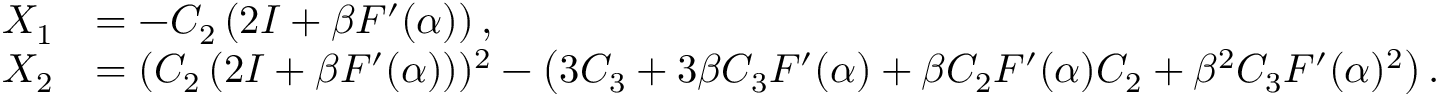
\begin{array} { r l } { X _ { 1 } } & { = - C _ { 2 } \left( 2 I + \beta F ^ { \prime } ( \alpha ) \right) , } \\ { X _ { 2 } } & { = ( C _ { 2 } \left( 2 I + \beta F ^ { \prime } ( \alpha ) \right) ) ^ { 2 } - \left( 3 C _ { 3 } + 3 \beta C _ { 3 } F ^ { \prime } ( \alpha ) + \beta C _ { 2 } F ^ { \prime } ( \alpha ) C _ { 2 } + \beta ^ { 2 } C _ { 3 } F ^ { \prime } ( \alpha ) ^ { 2 } \right) . } \end{array}